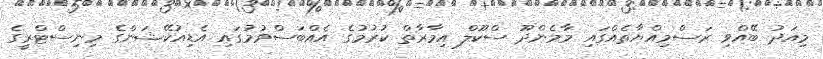
މިއަދު ބޭއްވި ރަސްމިއްޔާތެއްގައި މާމެންދޫ ސްކޫލް އިމާރާތް ކުރުމުގެ އެއްބަސްވުމުގައި އެޑިއުކޭޝަންގެ މިނިސްޓްރީގެ